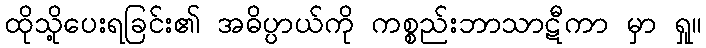
ထိုသို့ပေးရခြင်း၏ အဓိပ္ပာယ်ကို ကစ္စည်းဘာသာဋီကာ မှာ ရှု။